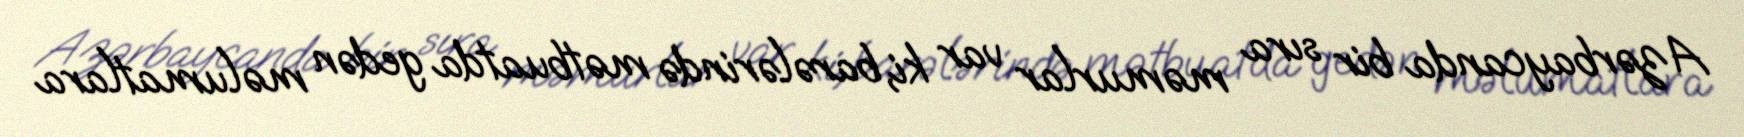
Azərbaycanda bir sıra məmurlar var ki, barələrində mətbuatda gedən məlumatlara